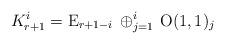
LaTeX: \begin{align*}K^{i}_{r+1}=\mathrm{E}_{r+1-i}\, \oplus_{j=1}^{i} \, \mathrm{O}(1,1)_j\end{align*}